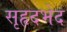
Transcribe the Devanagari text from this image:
सृहृदभेद